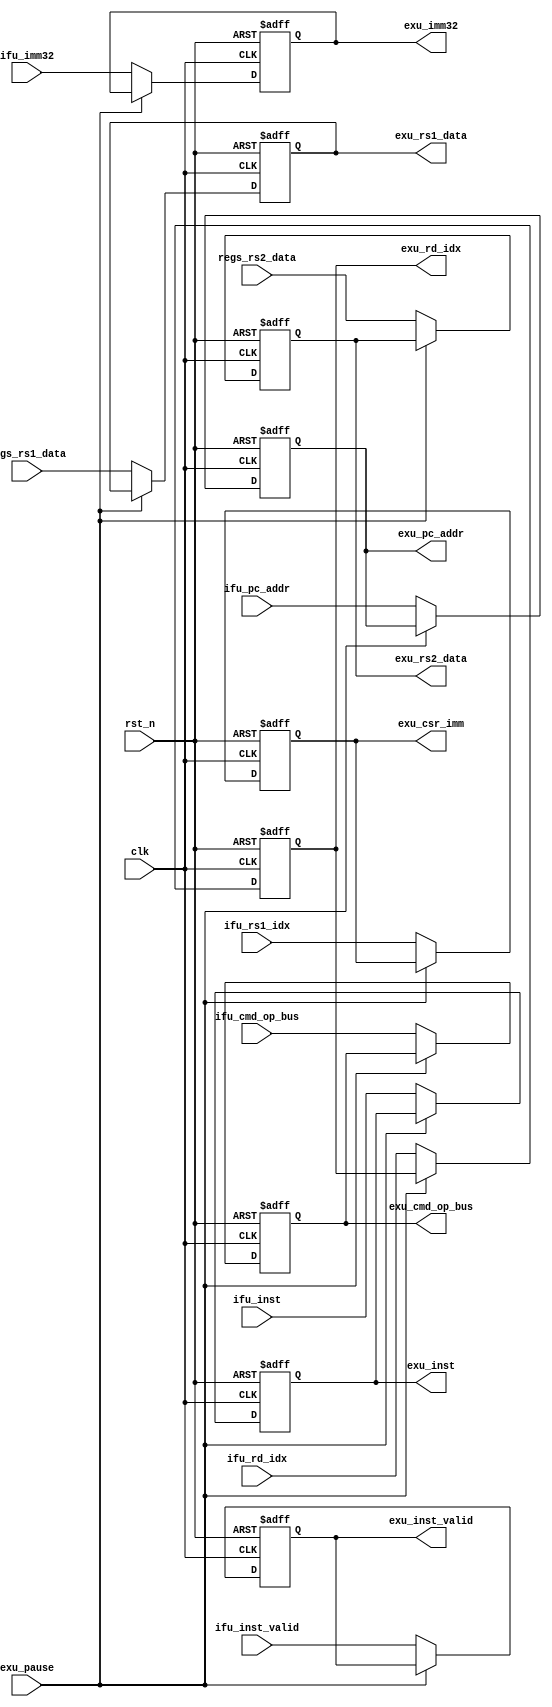
//-----------------------------------------------------------------------------
//   Copyright 2022 GanLing, 1577959692@qq.com
//
//   Licensed under the Apache License, Version 2.0 (the "License");
//   you may not use this file except in compliance with the License.
//   You may obtain a copy of the License at
//
//       http://www.apache.org/licenses/LICENSE-2.0
//
//   Unless required by applicable law or agreed to in writing, software
//   distributed under the License is distributed on an "AS IS" BASIS,
//   WITHOUT WARRANTIES OR CONDITIONS OF ANY KIND, either express or implied.
//   See the License for the specific language governing permissions and
//   limitations under the License.
//-----------------------------------------------------------------------------

module core_c1_ifu_to_exu_reg (

input           exu_pause,

input           ifu_inst_valid,
output          exu_inst_valid,

input   [31:0]  ifu_inst,
output  [31:0]  exu_inst,

input   [31:0]  ifu_pc_addr,
output  [31:0]  exu_pc_addr,

input   [31:0]  regs_rs1_data,
output  [31:0]  exu_rs1_data,

input   [31:0]  regs_rs2_data,
output  [31:0]  exu_rs2_data,

input   [4:0]   ifu_rd_idx,
output  [4:0]   exu_rd_idx,

input   [31:0]  ifu_imm32,
output  [31:0]  exu_imm32,

input   [54:0]  ifu_cmd_op_bus,
output  [54:0]  exu_cmd_op_bus,

//CSR Irs1_idx
input   [4:0]   ifu_rs1_idx,
output  [4:0]   exu_csr_imm,

input clk,
input rst_n

);

reg [31:0]  exu_inst_reg;
reg         exu_inst_valid_reg;
reg [31:0]  exu_pc_addr_reg;
reg [31:0]  exu_rs1_data_reg;
reg [31:0]  exu_rs2_data_reg;
reg [4:0]   exu_rd_idx_reg;
reg [31:0]  exu_imm32_reg;
reg [4:0]   exu_csr_imm_reg;
reg [54:0]  exu_cmd_op_bus_reg;

assign      exu_inst        = exu_inst_reg;
assign      exu_inst_valid  = exu_inst_valid_reg;
assign      exu_pc_addr     = exu_pc_addr_reg;
assign      exu_rs1_data    = exu_rs1_data_reg;
assign      exu_rs2_data    = exu_rs2_data_reg;
assign      exu_rd_idx      = exu_rd_idx_reg;
assign      exu_imm32       = exu_imm32_reg;
assign      exu_csr_imm     = exu_csr_imm_reg;
assign      exu_cmd_op_bus  = exu_cmd_op_bus_reg;

always @ (posedge clk or negedge rst_n) begin
  if(!rst_n) begin
    exu_inst_reg              <= 32'b0;
    exu_inst_valid_reg        <= 1'b0;
    exu_pc_addr_reg           <= 32'b0;
    exu_cmd_op_bus_reg        <= 55'b0;
    exu_imm32_reg             <= 32'b0;
    exu_rs1_data_reg          <= 32'b0;
    exu_rs2_data_reg          <= 32'b0;
    exu_rd_idx_reg            <= 5'b0;
    exu_csr_imm_reg           <= 5'b0;
  end
  else begin
    if(!exu_pause) begin
      exu_inst_reg              <= ifu_inst;
      exu_inst_valid_reg        <= ifu_inst_valid;
      exu_pc_addr_reg           <= ifu_pc_addr;
      exu_cmd_op_bus_reg        <= ifu_cmd_op_bus;
      exu_imm32_reg             <= ifu_imm32;
      exu_rs1_data_reg          <= regs_rs1_data;
      exu_rs2_data_reg          <= regs_rs2_data;
      exu_rd_idx_reg            <= ifu_rd_idx;
      exu_csr_imm_reg           <= ifu_rs1_idx;
    end
  end
end

endmodule